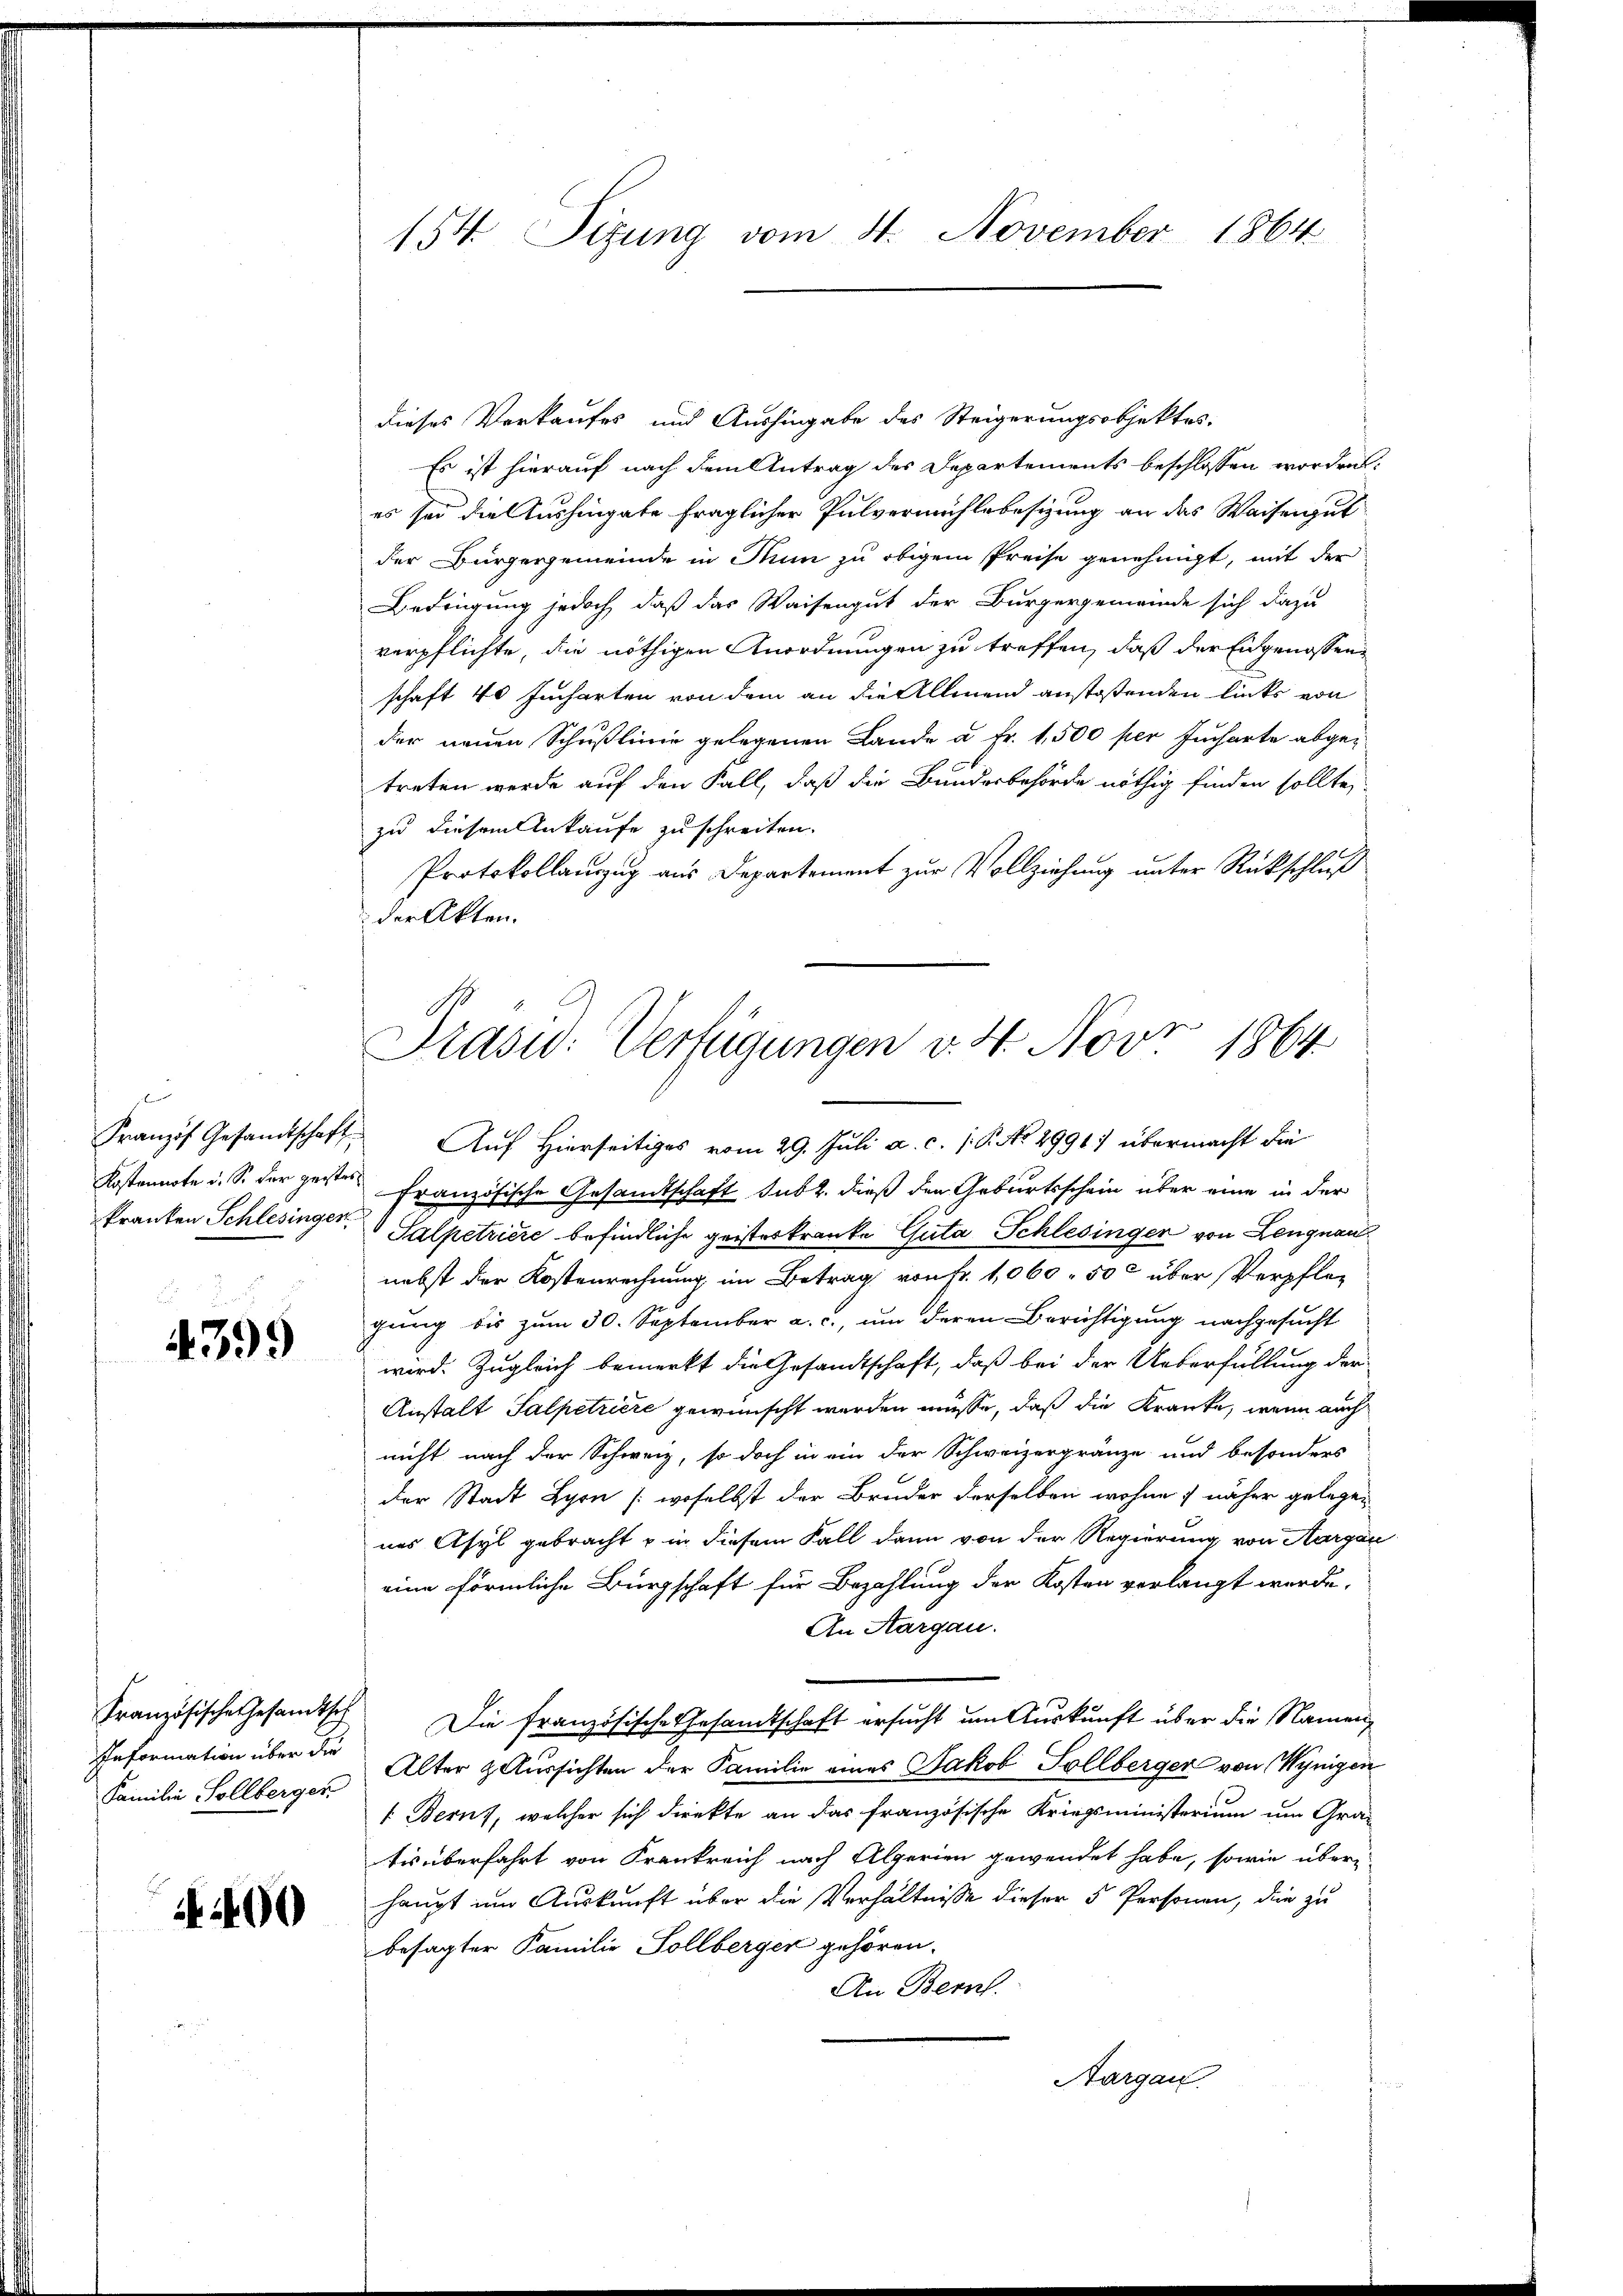
slung

4399

Information über die
Familie Sollberger

400

154 Sizung vom 4. November 1864

dieses Verkaufes und Aushingabe des Steigerungsobjektes.
Es ist hierauf nach dem Antrag des Departements beschlossen worden.
es sei die Aushingate fraglicher Pulvermühlebesizung an das Waisengut
der Bürgergemeinde in Tun zu obigem Preise genehmigt, mit der
Bedingung jedoch, daß das Waisengut der Burgergemeinde sich dazu
verpflichte, die nöthigen Anordnungen zu treffen, daß der Eidgenossenschaft 40 Jucharten von dem an die Allmend anstoßenden links von
der neuen Schußlinie gelegenen Lande u. Fr. 1,500 per Jucharte abgetreten werde auf den Fall, daß die Bundesbehörde nöthig finden sollte,
zu diesem Ankaufe zu schreiten.
Protokollauszug aus Departement zur Vollziehung unter Rückschluß
der Akten.

Präsid. Verfügungen v. 4. Novr 1864.

Franzis Gesandtschaft. Auf Hierseitiges vom 29. Juli a. c. 1 S. No 4991) übermacht die
Kostennote u. S. der gerte Französische Gesandtschaft sub. dieß den Geburtsschein über eine in der
franten Schlesinger, Salpetriere befindliche geisterkranke Guta Schlesinger von Lengnau
nebst der Kostenrechnung im Betrag von Fr. 1060. 500 über Verpflegung bis zum 30. September a. c., um deren Berichtigung nachgesucht
wird. Zugleich bemerkt die Gesandtschaft, daß bei der Ueberfüllung der
Anstalt Salpetriere gewünscht werden müsse, daß die Kranke, wenn auch
nicht nach der Schweiz, so doch in ein der Schweizergränze und besonders
der Stadt Lyon (woselbst der Bruder derselben wohne näher gelegen
nes Asyl gebracht u in diesem Fall dann von der Regierung von Aargau
eine förmliche Bürgschaft für Bezahlung der Kosten verlangt werde,
An Aargau.
Französische Gesamts Die französische Gesamtschaft ersucht um Auskunft über die Namen,
Alter zaussichten der Familie eines Jakob Sollberger von Wynigen
1. Bern, welcher sich direkte an das französische Kriegsministerium um Gra-
tis überfahrt von Frankreich nach Alperien gewendet habe, sowie über
haupt im Auskunft über die Verhältnisse dieser 5 Personen, die zu
besagter Familie Sollberger gehören.
An Bern.
Aargau.